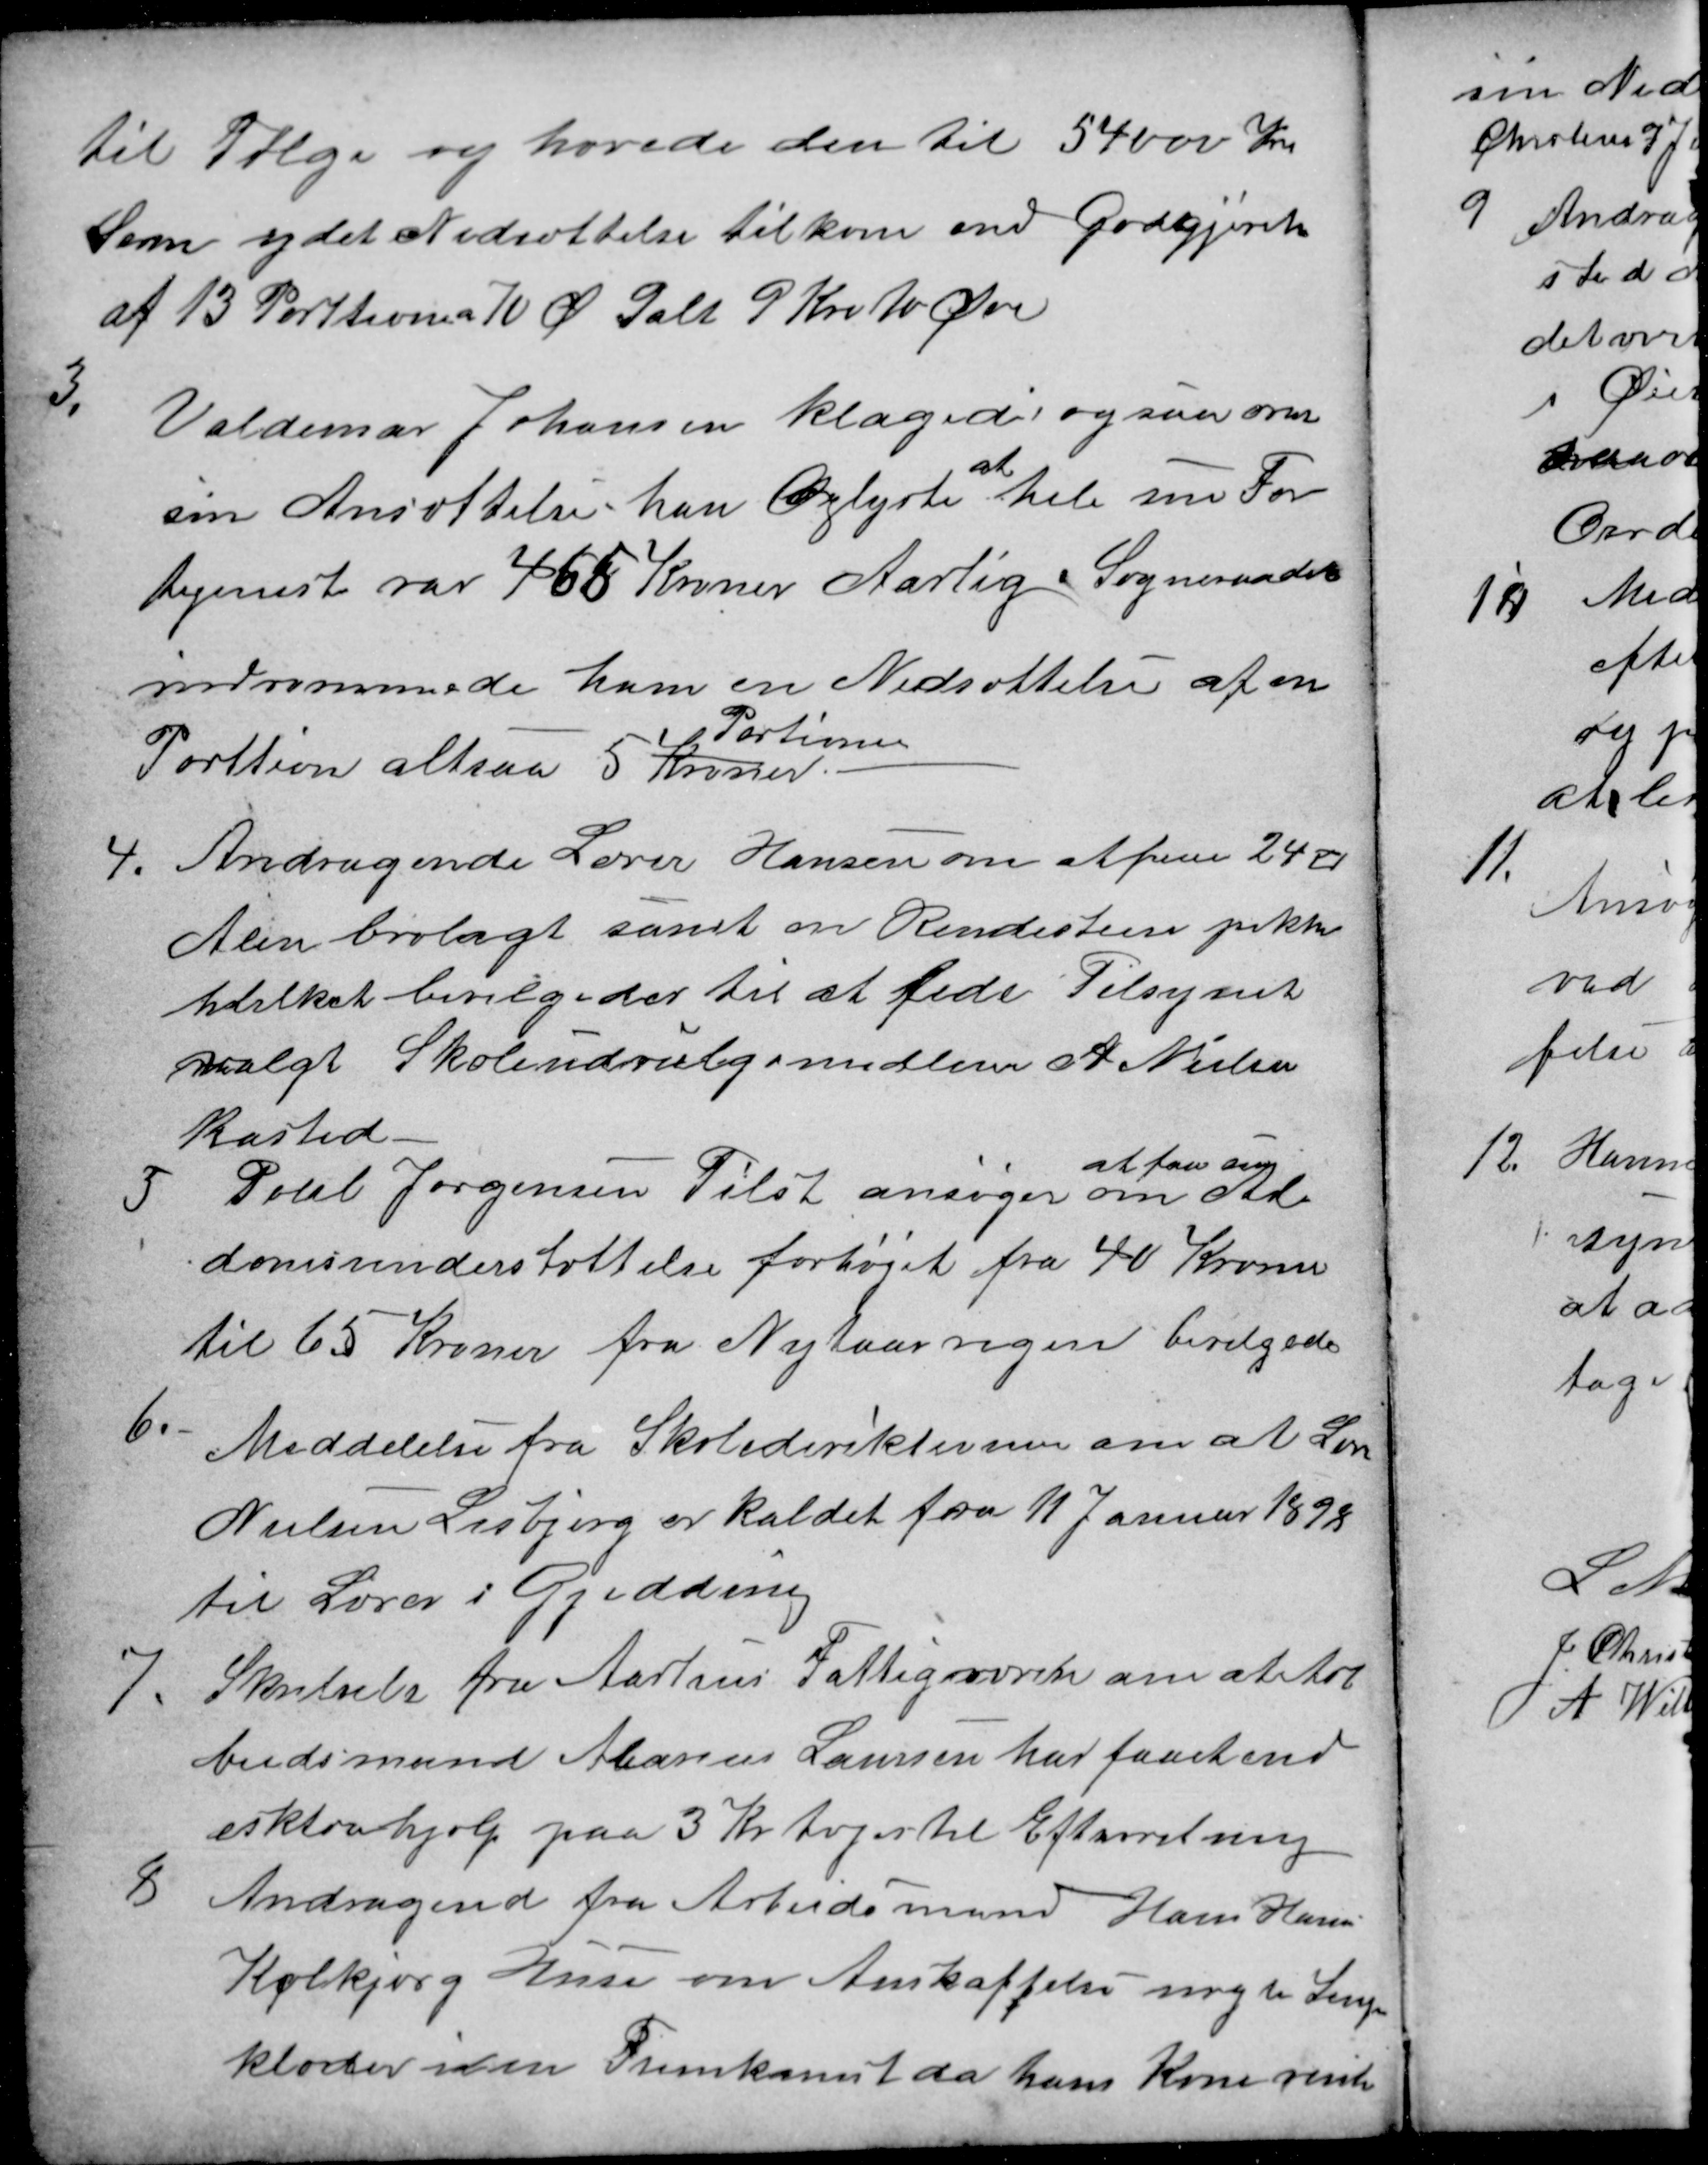
Transskription:
til Følge og hævede den til 54000 Kr
Som ydet Nedsættelse tilkom end Godtgjørelse
af 13 Porttioner a 70 Ø Ialt 9 Kro 10 Øre
3.
Valdemar Johansen klagede ogsaa om
sin Ansættelse han Oplyste 
at
hele sin For-
tjeneste var 465 Kroner Aarlig. Sogneraadet
indrømmede ham en Nedsættelse af en
Porttion altsaa 5 Kroner
Portioner
4.
Andragende Lærer Hansen om at faae 240
Alen brolagt samt en Rendesteen piktes
hvilket bevilgedes til at lede Tilsynet
valgt Skoleudvalgsmedlem A Nielsen
Kasted.
5.
Poul Jørgensen Tilst ansøger om
at faa sin
Al-
domsunderstøttelse forhøjet fra 40 Kroner
til 65 Kroner fra Nytaar sagen bevilgedes
6.
Meddelelse fra Skolederiktionen om at Lære
Nielsen Lisbjerg er kaldet fra 11 Januar 1898
til Lærer i Gjedding
7.
Skrivtels fra Aarhus Fattigvæsen om at Ar
beidsmand Marius Laursen har faaet end
ekstrahjælp paa 3 Kr toges til Efterretning
8
Andragende fra Arbeidsmand Hans Hansen
Kolkjærg Huse om Anskaffelse nogle Senge
klæder iden Fremkomst da hans Kone vente